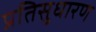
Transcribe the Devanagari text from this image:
प्रतिसुधारण